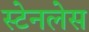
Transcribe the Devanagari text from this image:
स्‍टेनलेस